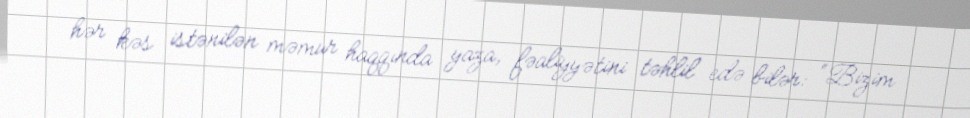
hər kəs istənilən məmur haqqında yaza, fəaliyyətini təhlil edə bilər: “Bizim